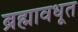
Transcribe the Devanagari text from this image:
ब्रह्मावधूत